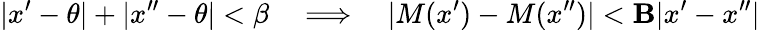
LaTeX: |x^{\prime}-\theta|+|x^{\prime\prime}-\theta|<\beta\quad\Longrightarrow\quad|M(x^{\prime})-M(x^{\prime\prime})|<\mathbf{B}|x^{\prime}-x^{\prime\prime}|